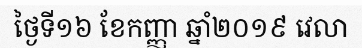
ថ្ងៃទី១៦ ខែកញ្ញា ឆ្នាំ២០១៩ វេលា